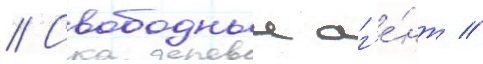
// Свободныи аг'е́нт //